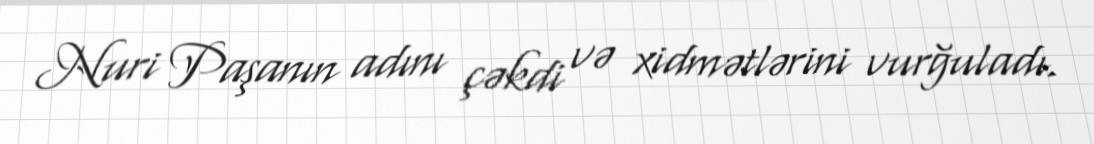
Nuri Paşanın adını çəkdi və xidmətlərini vurğuladı.